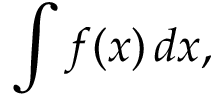
\int f ( x ) \, d x ,